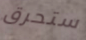
ستحرق